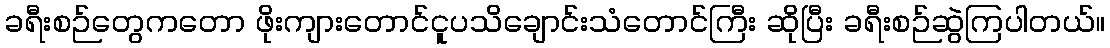
ခရီးစဉ်တွေကတော ဖိုးကျားတောင်ငူပသိချောင်းသံတောင်ကြီး ဆိုပြီး ခရီးစဉ်ဆွဲကြပါတယ်။